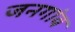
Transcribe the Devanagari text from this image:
जनगांव